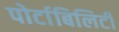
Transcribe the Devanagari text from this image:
पोर्टाबिलिटी